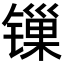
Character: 𬭲